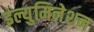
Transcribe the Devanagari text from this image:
इल्युमिनेशन